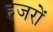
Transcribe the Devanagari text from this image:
हजरों